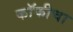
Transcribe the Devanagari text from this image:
कॉफीचा